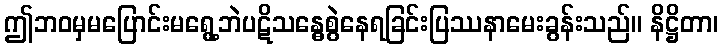
ဤဘဝမှမပြောင်းမရွေ့ဘဲပဋိသန္ဓေစွဲနေရခြင်းပြဿနာမေးခွန်းသည်။ နိဋ္ဌိတာ၊